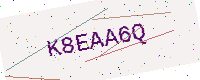
Text: K8EAA6Q